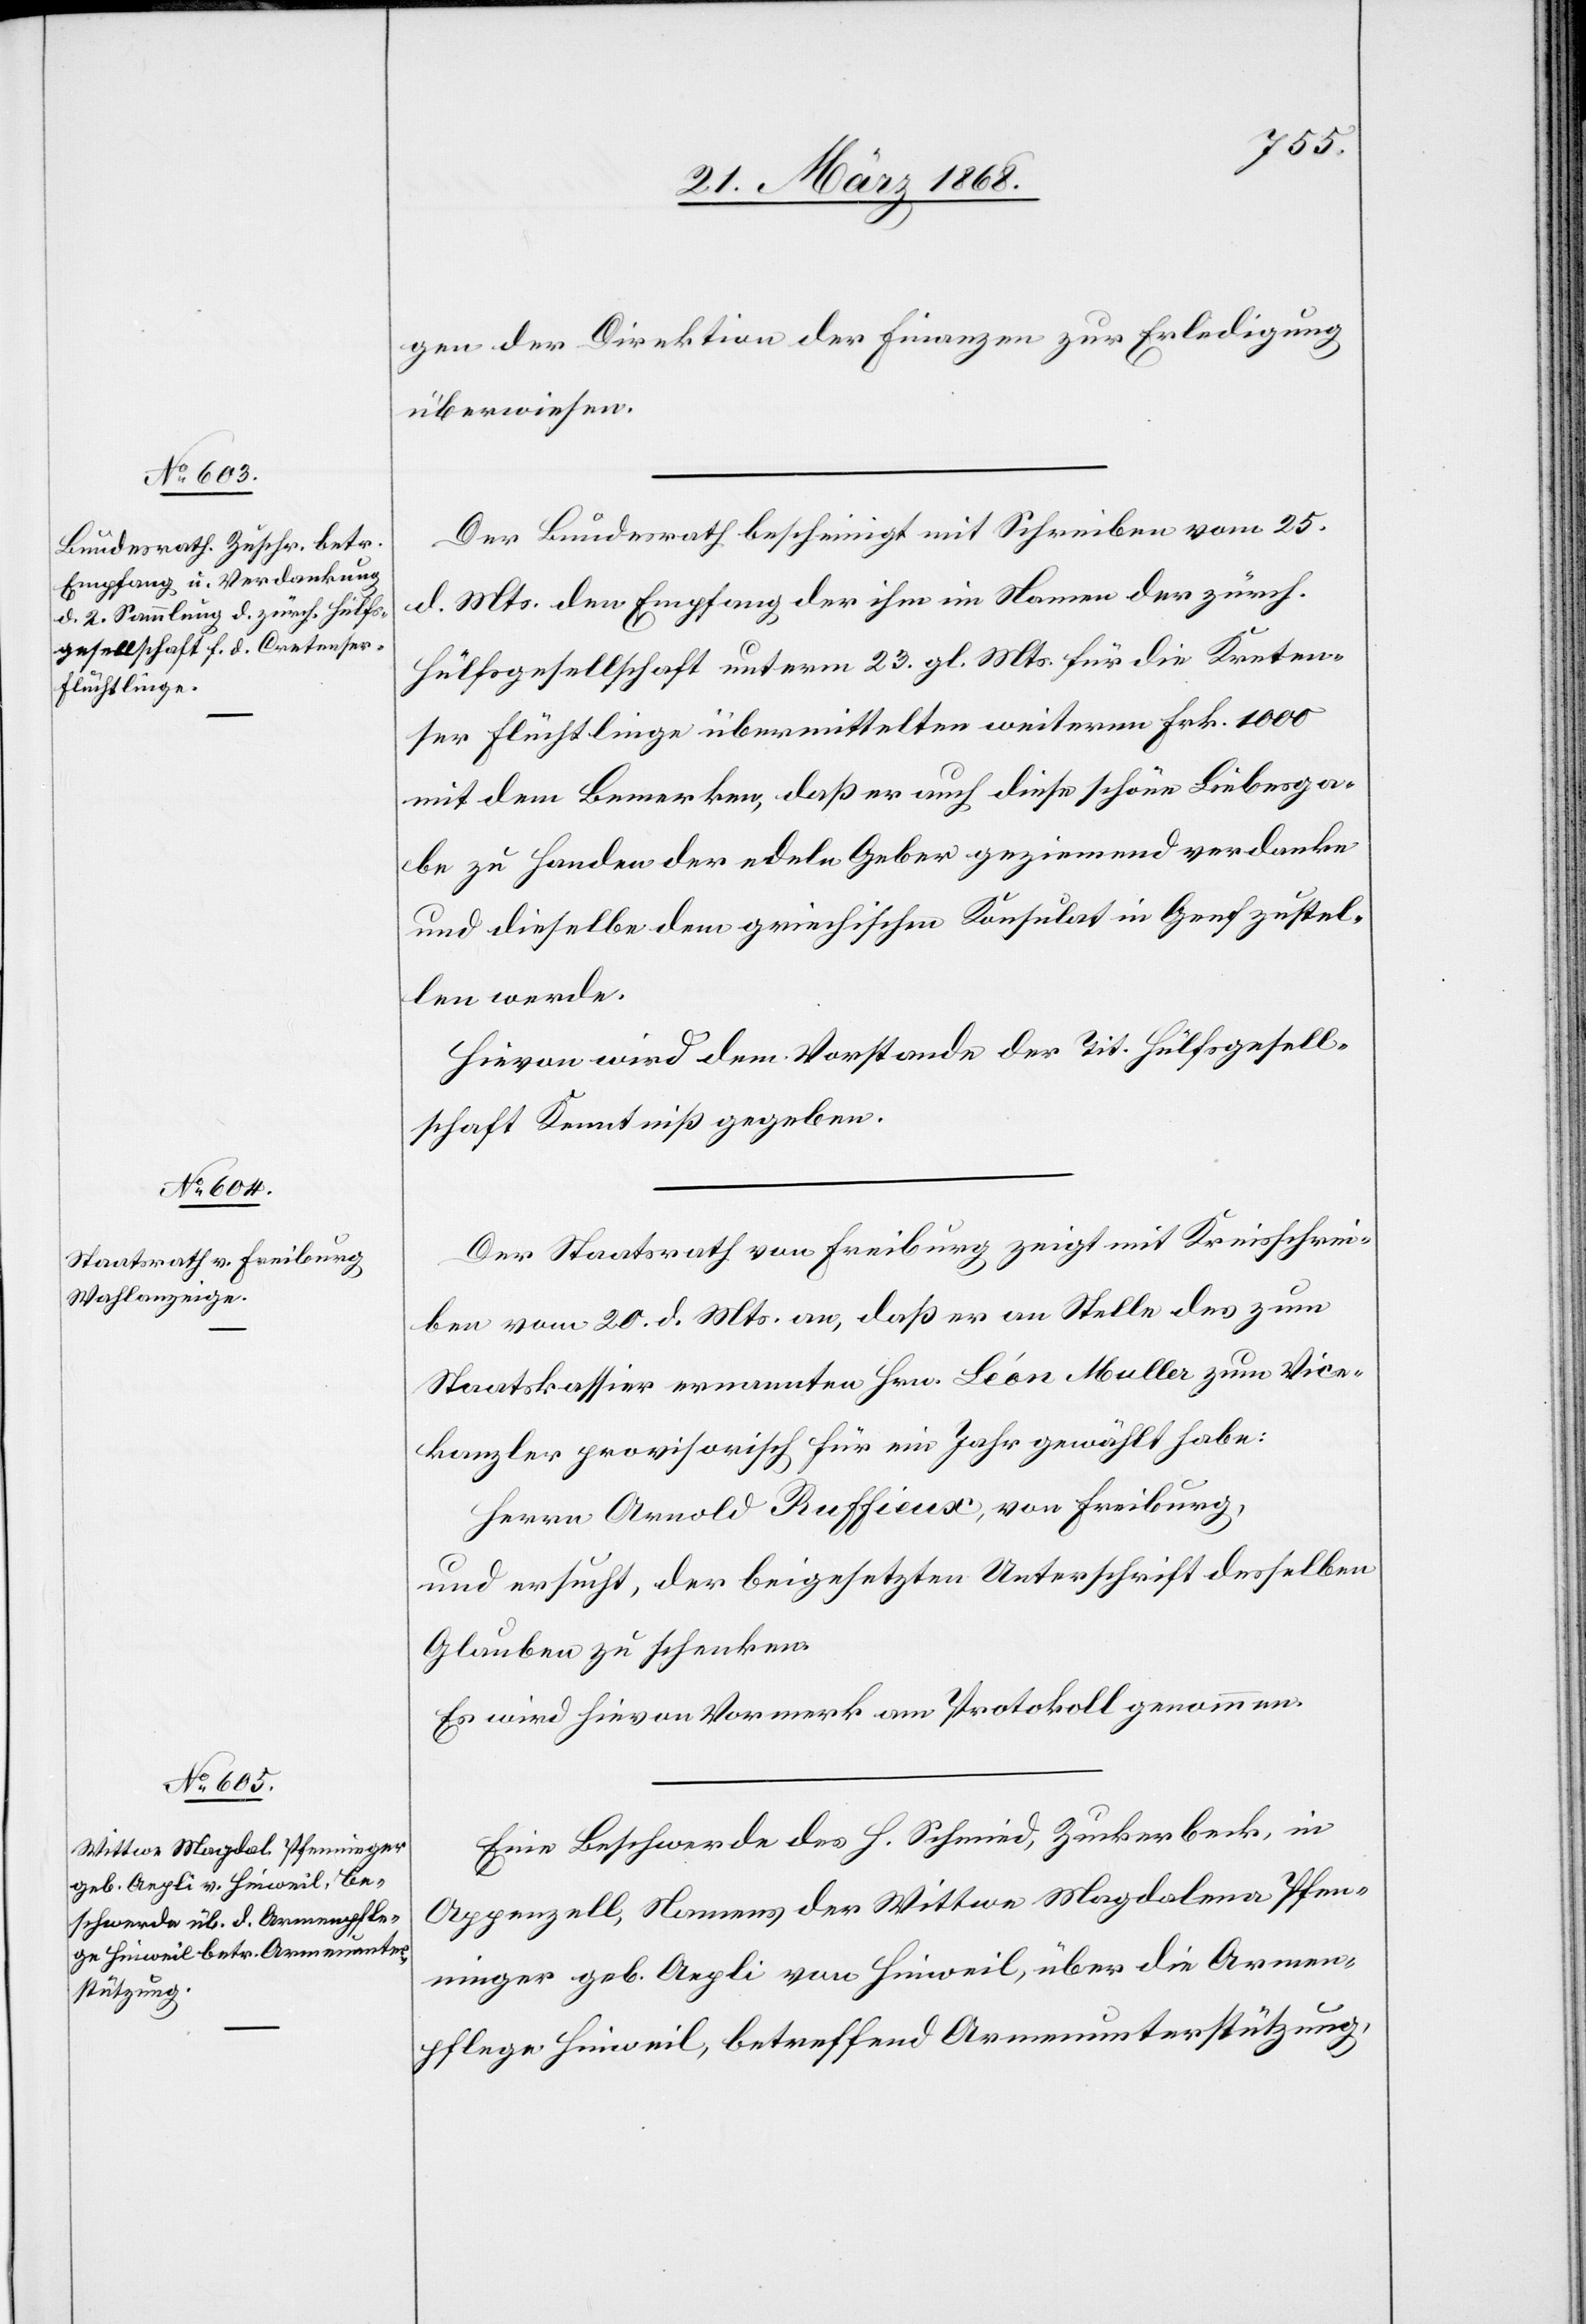
27. März 1868.]
gen der Direktion der Finanzen zur Erledigung
überwiesen.
Der Bundesrath bescheinigt mit Schreiben vom 25.
d. Mts. den Empfang der ihm im Namen der zürch.
Hülfsgesellschaft unterm 23. gl. Mts. für die Kreten¬
ser Flüchtlinge übermittelten weiteren Frk. 1000
mit dem Bemerken, daß er auch diese schöne Liebesga¬
be zu Handen der edeln Geber geziemend verdanke
und dieselbe dem griechischen Konsulat in Genf zustel¬
len werde.
Hievon wird dem Vorstande der Tit. Hülfsgesell¬
schaft Kenntniß gegeben.
Der Staatsrath von Freiburg zeigt mit Kreisschrei¬
ben vom 20. d. Mts. an, daß er an Stelle des zum
Staatskassier ernannten Hrn. Léon Muller zum Vice¬
kanzler provisorisch für ein Jahr gewählt habe:
Herrn Arnold Ruffieux, von Freiburg,
und ersucht, der beigesetzten Unterschrift desselben
Glauben zu schenken.
Es wird hievon Vormerk am Protokoll genommen.
Eine Beschwerde des H. Schmied, Zuckerbeck, in
Appenzell, Namens der Wittwe Magdalena Pfen¬
ninger geb. Aepli von Hinweil, über die Armen¬
pflege Hinweil, betreffend Armenunterstützung,